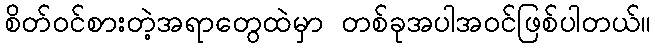
စိတ်ဝင်စားတဲ့အရာတွေထဲမှာ တစ်ခုအပါအဝင်ဖြစ်ပါတယ်။